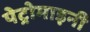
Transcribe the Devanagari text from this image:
पेट्रोमाइनी